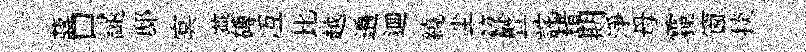
蔣口譴邸㝠燕磚冱比越遍逥繞尘籙曁詫耤期淨母霾窗掞